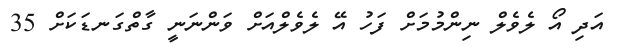
އަދި އޯ ލެވެލް ނިންމުމަށް ފަހު އޭ ލެވެލްއަށް ވަންނަނީ ގާތްގަނޑަކަށް 35